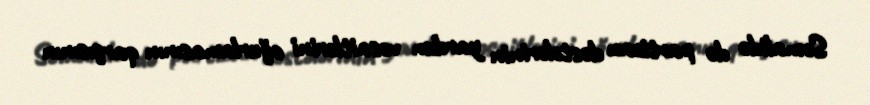
Somalidə də partizan dəstələrinin yardım vəsaitlərini oğurlamasının qarşısının